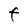
Character: F